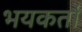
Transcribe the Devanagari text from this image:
भयकर्ता